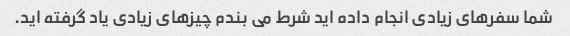
شما سفرهای زیادی انجام داده اید شرط می بندم چیزهای زیادی یاد گرفته اید.